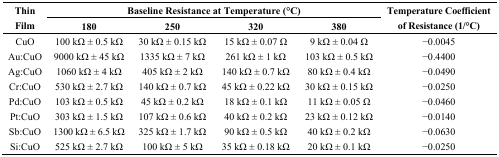
<table><thead><tr><td rowspan="2"><b>Thin Film</b></td><td colspan="4"><b>Baseline Resistance at Temperature (°C)</b></td><td rowspan="2"><b>Temperature Coefficient of Resistance (1/°C)</b></td></tr><tr><td><b>180</b></td><td><b>250</b></td><td><b>320</b></td><td><b>380</b></td></tr></thead><tbody><tr><td>CuO</td><td>100 kΩ ± 0.5 kΩ</td><td>30 kΩ ± 0.15 kΩ</td><td>15 kΩ ± 0.07 Ω</td><td>9 kΩ ± 0.04 Ω</td><td>−0.0045</td></tr><tr><td>Au:CuO</td><td>9000 kΩ ± 45 kΩ</td><td>1335 kΩ ± 7 kΩ</td><td>261 kΩ ± 1 kΩ</td><td>103 kΩ ± 0.5 kΩ</td><td>−0.4400</td></tr><tr><td>Ag:CuO</td><td>1060 kΩ ± 4 kΩ</td><td>405 kΩ ± 2 kΩ</td><td>140 kΩ ± 0.7 kΩ</td><td>80 kΩ ± 0.4 kΩ</td><td>−0.0490</td></tr><tr><td>Cr:CuO</td><td>530 kΩ ± 2.7 kΩ</td><td>140 kΩ ± 0.7 kΩ</td><td>45 kΩ ± 0.22 kΩ</td><td>30 kΩ ± 0.15 kΩ</td><td>−0.0250</td></tr><tr><td>Pd:CuO</td><td>103 kΩ ± 0.5 kΩ</td><td>45 kΩ ± 0.2 kΩ</td><td>18 kΩ ± 0.1 kΩ</td><td>11 kΩ ± 0.05 Ω</td><td>−0.0460</td></tr><tr><td>Pt:CuO</td><td>303 kΩ ± 1.5 kΩ</td><td>107 kΩ ± 0.6 kΩ</td><td>40 kΩ ± 0.2 kΩ</td><td>23 kΩ ± 0.12 kΩ</td><td>−0.0140</td></tr><tr><td>Sb:CuO</td><td>1300 kΩ ± 6.5 kΩ</td><td>325 kΩ ± 1.7 kΩ</td><td>90 kΩ ± 0.5 kΩ</td><td>40 kΩ ± 0.2 kΩ</td><td>−0.0630</td></tr><tr><td>Si:CuO</td><td>525 kΩ ± 2.7 kΩ</td><td>100 kΩ ± 5 kΩ</td><td>35 kΩ ± 0.18 kΩ</td><td>20 kΩ ± 0.1 kΩ</td><td>−0.0250</td></tr></tbody></table>